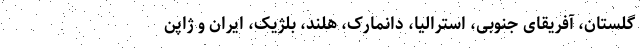
گلستان، آفریقای جنوبی، استرالیا، دانمارک، هلند، بلژیک، ایران و ژاپن